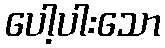
ပေါ့ပါးသော